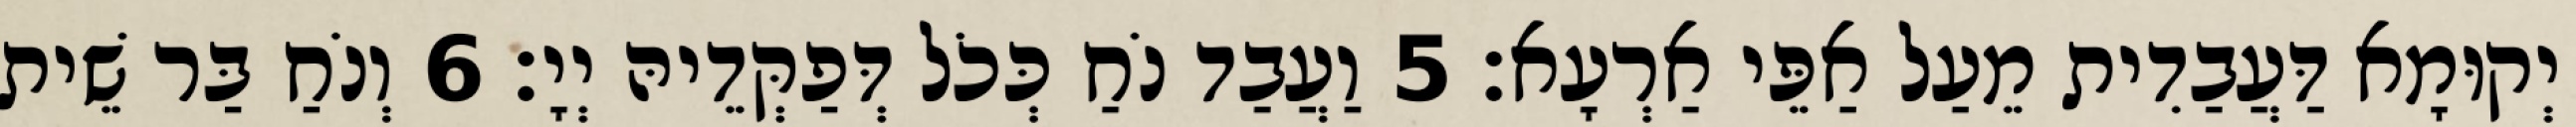
יְקוּמָא דַּעֲבַדִית מֵעַל אַפֵּי אַרְעָא׃ 5 וַעֲבַד נֹחַ כְּכֹל דְּפַקְּדֵיהּ יְיָ׃ 6 וְנֹחַ בַּר שֵׁית